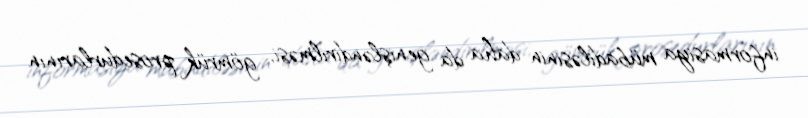
informasiya mübadiləsinin daha da genişləndirilməsi, gömrük prosedurlarının